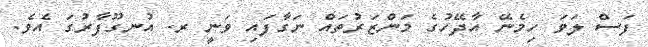
ފަސް ލަވަ ހިމެނޭ އާދޭހުގެ މަންޒަރުތައް ނަގާފައި ވަނީ ރ. އުނގޫފާރުގަ އެވެ.